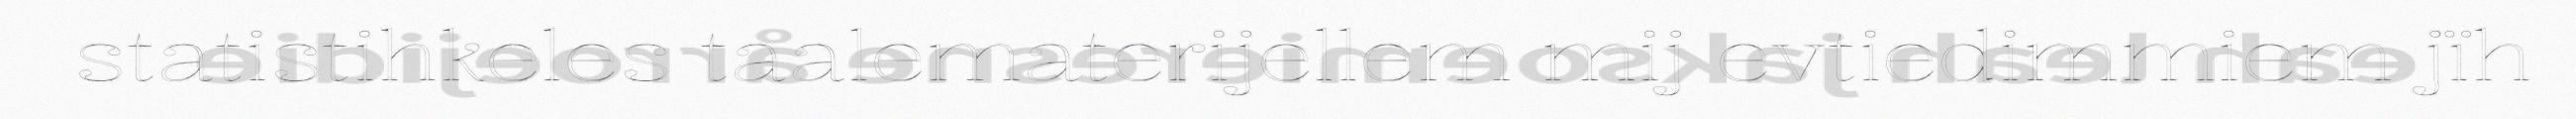
statistihkeles taalematerijellem mij evtiedimmiem jïh